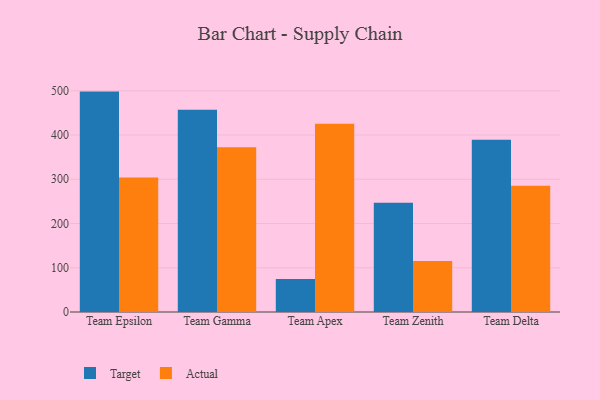
{"axis": {"x": "Team", "y": "Customer Acquisition Cost (USD)"}, "legend": ["Actual", "Target"], "data": [{"x": "Team Epsilon", "y": 498.1, "type": "Target"}, {"x": "Team Epsilon", "y": 303.7, "type": "Actual"}, {"x": "Team Gamma", "y": 457.2, "type": "Target"}, {"x": "Team Gamma", "y": 372.6, "type": "Actual"}, {"x": "Team Apex", "y": 74.7, "type": "Target"}, {"x": "Team Apex", "y": 425.2, "type": "Actual"}, {"x": "Team Zenith", "y": 246.7, "type": "Target"}, {"x": "Team Zenith", "y": 115.2, "type": "Actual"}, {"x": "Team Delta", "y": 389.1, "type": "Target"}, {"x": "Team Delta", "y": 285.3, "type": "Actual"}]}